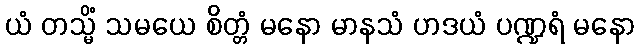
ယံ တသ္မိံ သမယေ စိတ္တံ မနော မာနသံ ဟဒယံ ပဏ္ဍရံ မနော